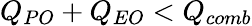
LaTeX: Q_{PO}+Q_{EO}<Q_{comb}